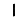
Digit: 1